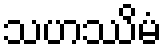
သဟဿိမံ